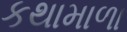
કથામાળા